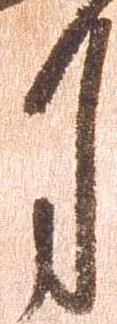
月